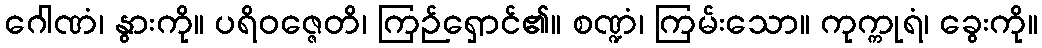
ဂေါဏံ၊ နွားကို။ ပရိဝဇ္ဇေတိ၊ ကြဉ်ရှောင်၏။ စဏ္ဍံ၊ ကြမ်းသော။ ကုက္ကုရံ၊ ခွေးကို။